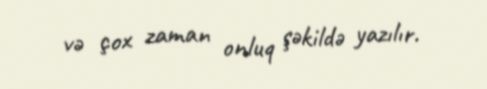
və çox zaman onluq şəkildə yazılır.